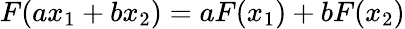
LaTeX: F(ax_{1}+bx_{2})=aF(x_{1})+bF(x_{2})